Report of an investigation of the epidemic of malarial fever in Assam, or, kala-azar
Disease focus: Malaria
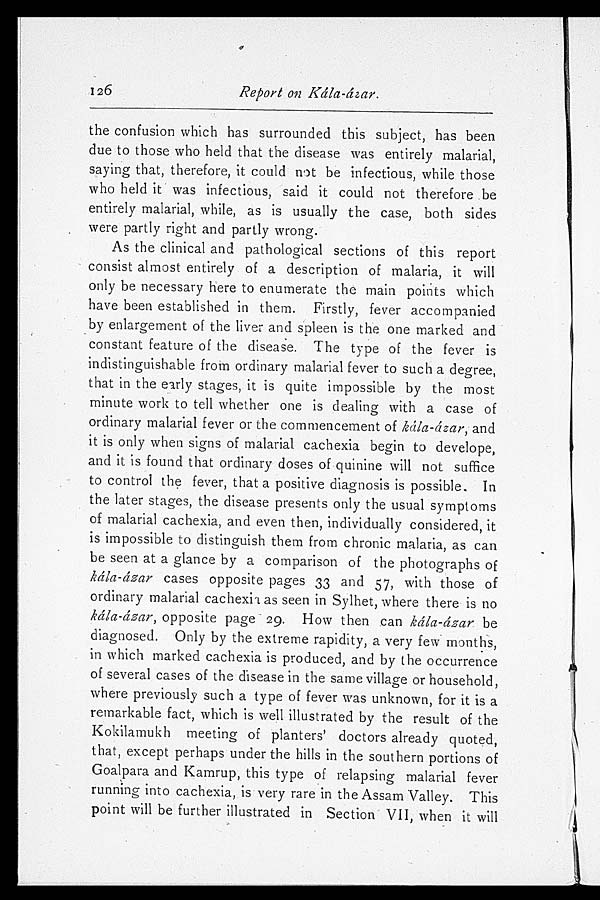
126
Report on Kàla-àzar.
the confusion which has surrounded this subject, has been
due to those who held that the disease was entirely malarial,
saying that, therefore, it could not be infectious, while those
who held it was infectious, said it could not therefore be
entirely malarial, while, as is usually the case, both sides
were partly right and partly wrong.
As the clinical and pathological sections of this report
consist almost entirely of a description of malaria, it will
only be necessary here to enumerate the main points which
have been established in them. Firstly, fever accompanied
by enlargement of the liver and spleen is the one marked and
constant feature of the disease. The type of the fever is
indistinguishable from ordinary malarial fever to such a degree,
that in the early stages, it is quite impossible by the most
minute work to tell whether one is dealing with a case of
ordinary malarial fever or the commencement of kàla-àzar, and
it is only when signs of malarial cachexia begin to develope,
and it is found that ordinary doses of quinine will not suffice
to control the fever, that a positive diagnosis is possible, In
the later stages, the disease presents only the usual symptoms
of malarial cachexia, and even then, individually considered, it
is impossible to distinguish them from chronic malaria, as can
be seen at a glance by a comparison of the photographs of
kàla-àzar cases opposite pages 33 and 57, with those of
ordinary malarial cachexia as seen in Sylhet, where there is no
kàla-àzar, opposite page 29. How then can kàla-àsar be
diagnosed. Only by the extreme rapidity, a very few months,
in which marked cachexia is produced, and by the occurrence
of several cases of the disease in the same village or household,
where previously such a type of fever was unknown, for it is a
remarkable fact, which is well illustrated by the result of the
Kokilamukh meeting of planters' doctors already quoted,
that, except perhaps under the hills in the southern portions of
Goalpara and Kamrup, this type of relapsing malarial fever
running into cachexia, is very rare in the Assam Valley. This
point will be further illustrated in Section VII, when it will